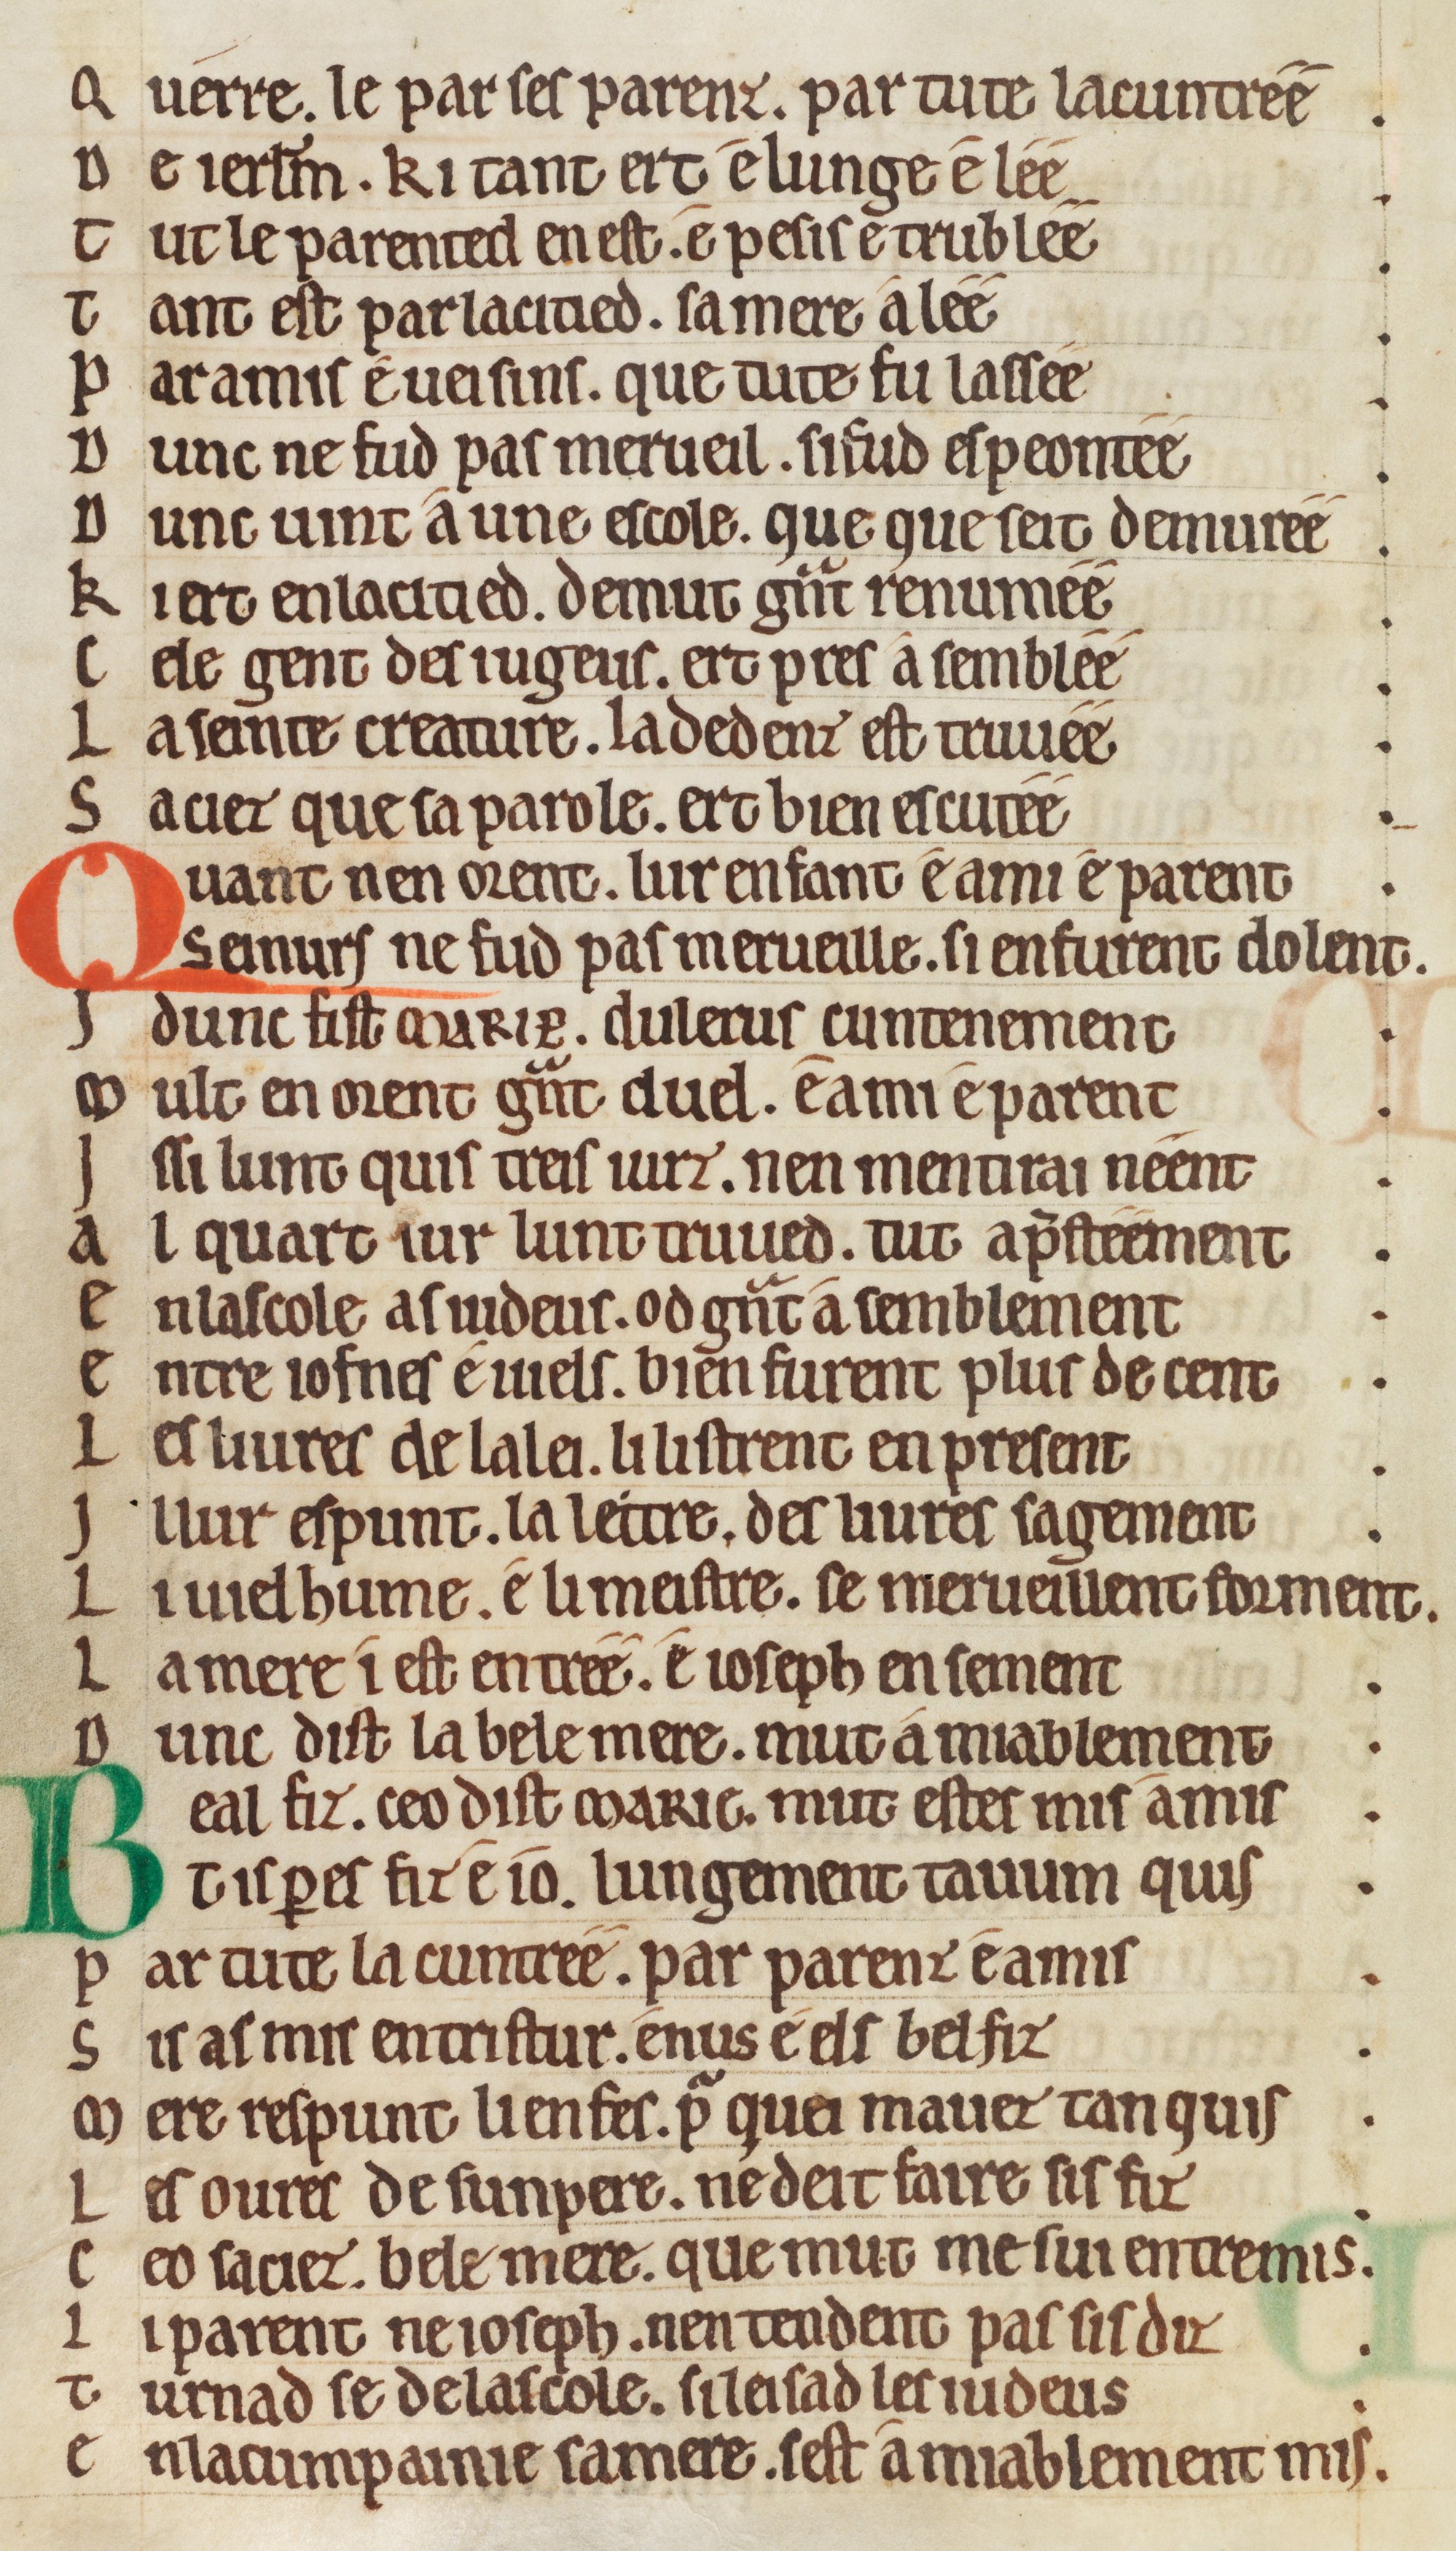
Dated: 1175–1199